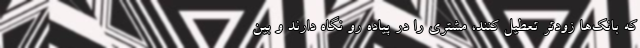
که بانک‌ها زودتر تعطیل کنند، مشتری را در پیاده رو نگاه دارند و بین